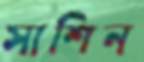
সাশিন